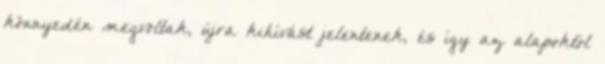
könnyedén megvoltak, újra kihívást jelentenek, és így az alapoktól